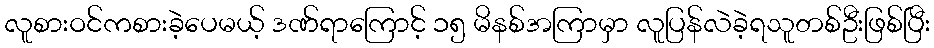
လူစားဝင်ကစားခဲ့ပေမယ့် ဒဏ်ရာကြောင့် ၁၅ မိနစ်အကြာမှာ လူပြန်လဲခဲ့ရသူတစ်ဦးဖြစ်ပြီး